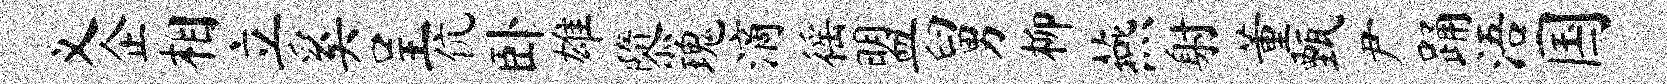
义企相立奚呈伉卧雄隳瑰滴徭盟舅柳燕射董甄尹踊浯国